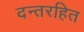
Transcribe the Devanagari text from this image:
दन्तरहित